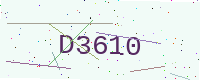
Text: D3610